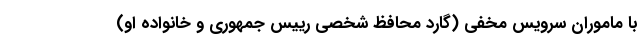
با ماموران سرویس مخفی (گارد محافظ شخصی رییس جمهوری و خانواده او)